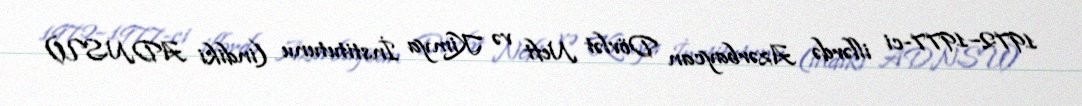
1972–1977-ci illərdə Azərbaycan Dövlət Neft və Kimya İnstitutunu (indiki ADNSU)